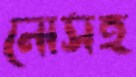
নোসহ